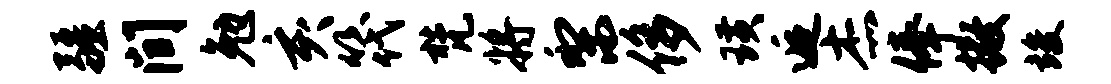
疆间勉亥筏梵将梨侈璜逅杰俸撒竣